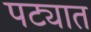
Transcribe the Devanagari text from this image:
पट्यात